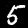
Digit: 5